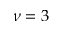
\nu = 3